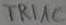
Text: TRIAC